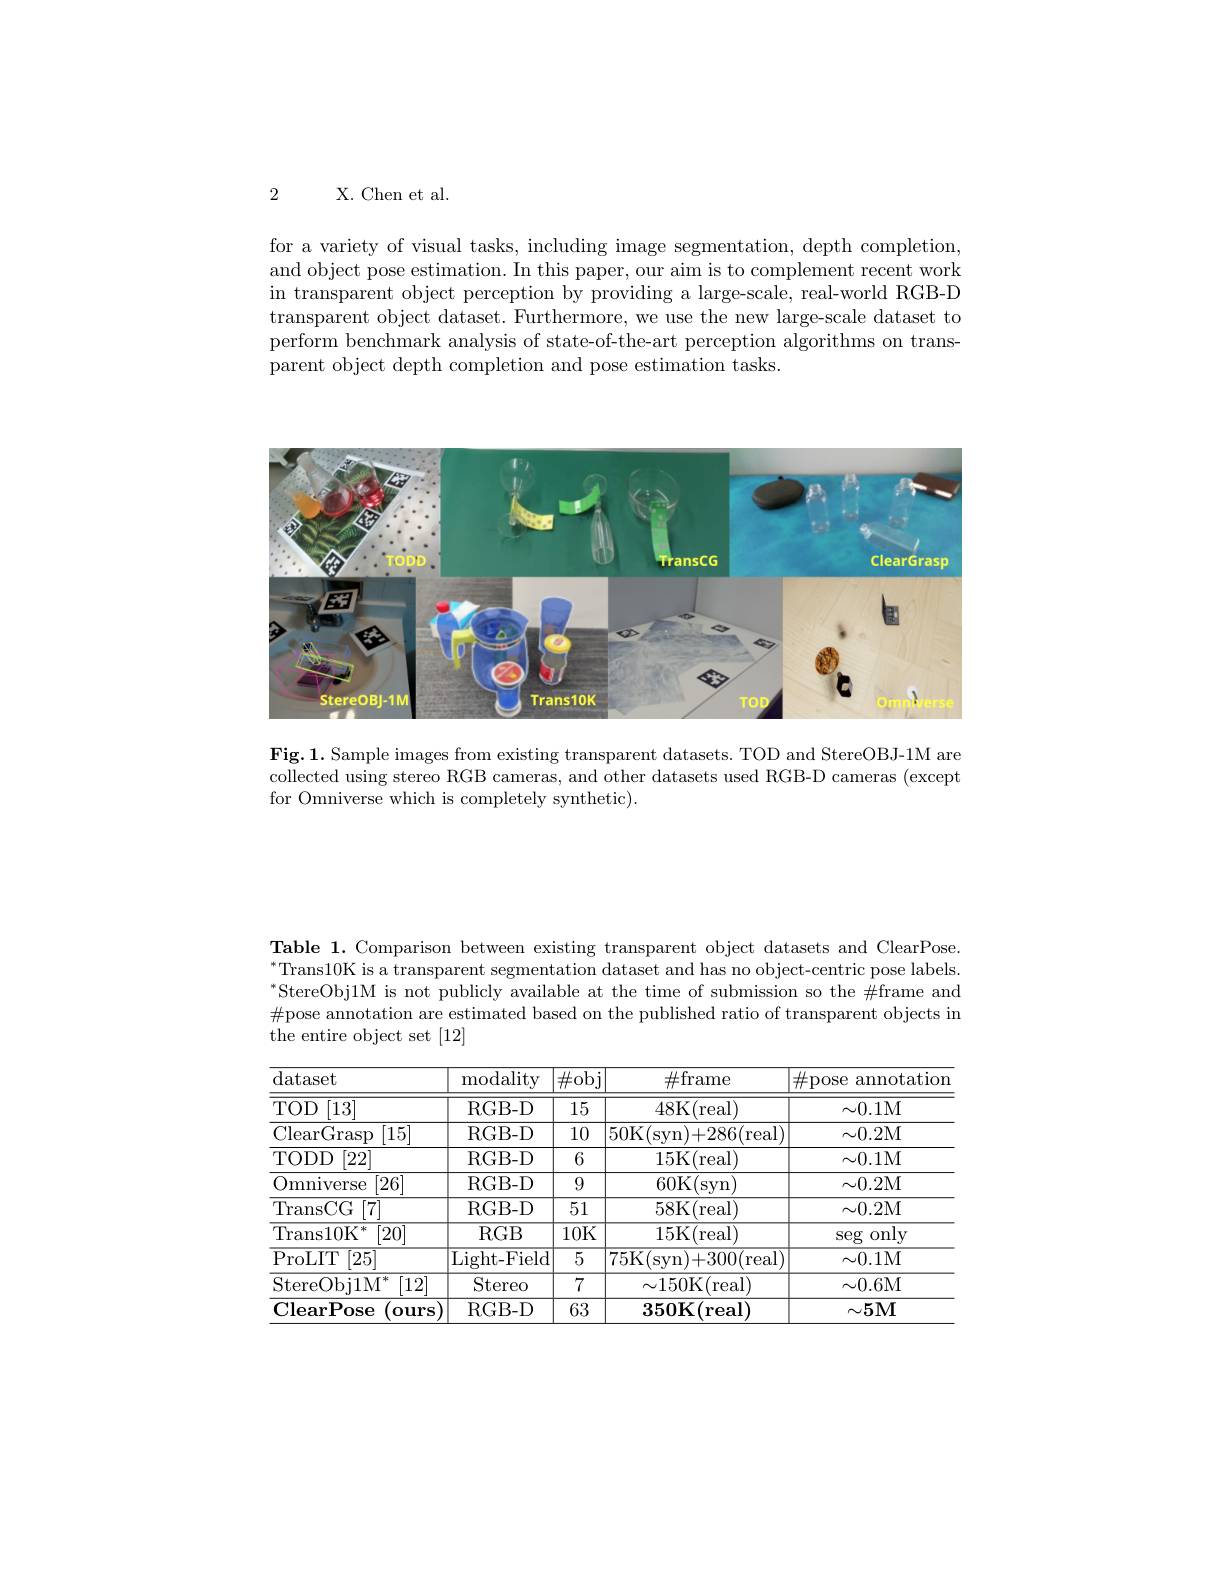
2 X. Chen et al.

for a variety of visual tasks, including image segmentation, depth completion, and object pose estimation. In this paper, our aim is to complement recent work in transparent object perception by providing a large-scale, real-world RGB-D transparent object dataset. Furthermore, we use the new large-scale dataset to perform benchmark analysis of state-of-the-art perception algorithms on transparent object depth completion and pose estimation tasks.

<FigureHere>

$\textbf{Fig. 1. Sample images from existing transparent datasets. TOD and StereOBJ- 1M are}$ collected using stereo RGB cameras, and other datasets used RGB-D cameras (except for Omniverse which is completely synthetic).

Table 1.Comparison between existing transparent object datasets and ClearPose. $^{*}$Trans10K is a transparent segmentation dataset and has no object-centric pose labels. $^{*}$StereObj1M is not publicly available at the time of submission so the $\#$frame and $\#$pose annotation are estimated based on the published ratio of transparent objects in the entire object set [12]

<table>
	<tbody>
		<tr>
			<th>dataset</th>
			<th>${\mathrm{modality}}$</th>
			<th>$\boxed{\#\mathrm{obj}}$</th>
			<th>$\#$frame</th>
			<th>$\#$pose a annotation</th>
		</tr>
		<tr>
			<td>$TOD$ $\overline{[13^{.}]}$</td>
			<td>RGB- D</td>
			<td>15</td>
			<td>48K(real)</td>
			<td>$\sim0.1$M</td>
		</tr>
		<tr>
			<td>ClearGrasp [15]</td>
			<td>RGB- D</td>
			<td>10</td>
			<td>50K( (syn)+286(real)</td>
			<td>$\sim0.2$M</td>
		</tr>
		<tr>
			<td>TODD $[22^{\cdot}]$</td>
			<td>RGB- D</td>
			<td>6</td>
			<td>15K(real)</td>
			<td>$\sim0.1$M</td>
		</tr>
		<tr>
			<td>Omniverse [26]</td>
			<td>RGB- D</td>
			<td>9</td>
			<td>60K(syn)</td>
			<td>$\sim0.2$M</td>
		</tr>
		<tr>
			<td>TransCG ${\frac{1}{x}}\left[7\right]$</td>
			<td>RGB- D</td>
			<td>51</td>
			<td>58K(real)</td>
			<td>$\sim0.2$M</td>
		</tr>
		<tr>
			<td>Trans10K $\left[20\right]$</td>
			<td>$RGB$</td>
			<td>$\overline{10\text{K}}$</td>
			<td>15K(real)</td>
			<td>$\operatorname{seg}$ only</td>
		</tr>
		<tr>
			<td>ProLIT [25]</td>
			<td>Light- Field</td>
			<td>5</td>
			<td>75K(syn)+300(real) I</td>
			<td>$\sim0.1$M</td>
		</tr>
		<tr>
			<td>StereObj1M [12]</td>
			<td>Stereo</td>
			<td>7</td>
			<td>$\sim150$K(real)</td>
			<td>$\sim0.6$M</td>
		</tr>
		<tr>
			<td>$\mathbf{ClearPose}$ $\mathbf{ours}$</td>
			<td>RGB- D</td>
			<td>63</td>
			<td>$350\mathbf{K}($real)</td>
			<td>$\sim5\mathbf{M}$</td>
		</tr>
	</tbody>
</table>